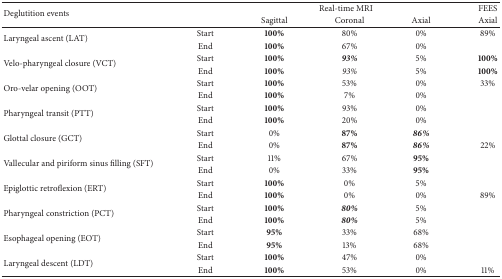
<table><thead><tr><td rowspan="2"><b>Deglutition events </b></td><td><b> </b></td><td colspan="3"><b>Real-time MRI</b></td><td><b>FEES</b></td></tr><tr><td><b> </b></td><td><b>Sagittal</b></td><td><b>Coronal</b></td><td><b>Axial</b></td><td><b>Axial</b></td></tr></thead><tbody><tr><td rowspan="2">Laryngeal ascent (LAT)</td><td>Start</td><td><b>100%</b></td><td>80%</td><td>0%</td><td>89%</td></tr><tr><td>End</td><td><b>100%</b></td><td>67%</td><td>0%</td><td> </td></tr><tr><td rowspan="2">Velo-pharyngeal closure (VCT)</td><td>Start</td><td><b>100%</b></td><td><b><i>93%</i></b></td><td>5%</td><td><b>100%</b></td></tr><tr><td>End</td><td><b>100%</b></td><td><i>93% </i></td><td>5%</td><td><b>100%</b></td></tr><tr><td rowspan="2">Oro-velar opening (OOT)</td><td>Start</td><td><b>100%</b></td><td>53%</td><td>0%</td><td>33%</td></tr><tr><td>End</td><td><b>100%</b></td><td>7%</td><td>0%</td><td> </td></tr><tr><td rowspan="2">Pharyngeal transit (PTT)</td><td>Start</td><td><b>100%</b></td><td>93%</td><td>0%</td><td> </td></tr><tr><td>End</td><td><b>100%</b></td><td>20%</td><td>0%</td><td> </td></tr><tr><td rowspan="2">Glottal closure (GCT)</td><td>Start</td><td>0%</td><td><b>87%</b></td><td><b><i>86%</i></b></td><td> </td></tr><tr><td>End</td><td>0%</td><td><b>87%</b></td><td><b><i>86%</i></b></td><td>22%</td></tr><tr><td rowspan="2">Vallecular and piriform sinus filling (SFT)</td><td>Start</td><td>11%</td><td>67%</td><td><b>95%</b></td><td> </td></tr><tr><td>End</td><td>0%</td><td>33%</td><td><b>95%</b></td><td> </td></tr><tr><td rowspan="2">Epiglottic retroflexion (ERT)</td><td>Start</td><td><b>100%</b></td><td>0%</td><td>5%</td><td> </td></tr><tr><td>End</td><td><b>100%</b></td><td>0%</td><td>0%</td><td>89%</td></tr><tr><td rowspan="2">Pharyngeal constriction (PCT)</td><td>Start</td><td><b>100%</b></td><td><b><i>80%</i></b></td><td>5%</td><td> </td></tr><tr><td>End</td><td><b>100%</b></td><td><b><i>80%</i></b></td><td>5%</td><td> </td></tr><tr><td rowspan="2">Esophageal opening (EOT)</td><td>Start</td><td><b>95%</b></td><td>33%</td><td>68%</td><td> </td></tr><tr><td>End</td><td><b>95%</b></td><td>13%</td><td>68%</td><td> </td></tr><tr><td rowspan="2">Laryngeal descent (LDT)</td><td>Start</td><td><b>100%</b></td><td>47%</td><td>0%</td><td> </td></tr><tr><td>End</td><td><b>100%</b></td><td>53%</td><td>0%</td><td>11%</td></tr></tbody></table>